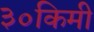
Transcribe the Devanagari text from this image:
३०किमी